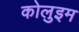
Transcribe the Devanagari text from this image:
कोलुइम